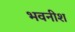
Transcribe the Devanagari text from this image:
भवनीश